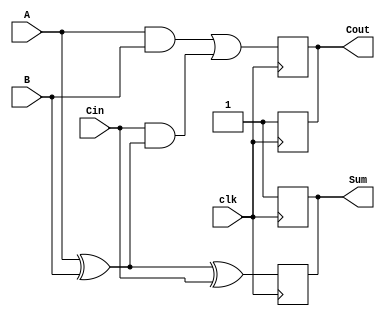
module dynamic_full_adder (
    input wire A,      // First input bit
    input wire B,      // Second input bit
    input wire Cin,    // Carry-in bit
    input wire clk,    // Clock signal
    output reg Sum,    // Sum output
    output reg Cout    // Carry-out output
);

    // Internal signals for precharge and evaluation
    reg precharge;
    reg eval;

    // Precharge phase
    always @(posedge clk) begin
        // During the precharge phase, set outputs to high
        Sum <= 1'b1;
        Cout <= 1'b1;
        precharge <= 1'b1;
    end

    // Evaluation phase
    always @(negedge clk) begin
        // During the evaluation phase, calculate Sum and Cout
        precharge <= 1'b0; // Disable precharge

        // Calculate Sum = A  B  Cin
        Sum <= A ^ B ^ Cin;

        // Calculate Cout = (A AND B) OR (Cin AND (A XOR B))
        Cout <= (A & B) | (Cin & (A ^ B));
    end

endmodule